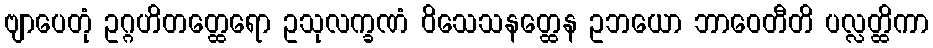
ဗျာပေတုံ ဥဂ္ဂဟိတတ္ထေရော ဥသုလက္ခဏံ ဝိသေသနတ္ထေန ဥဘယော ဘာဝေတီတိ ပလ္လတ္ထိကာ